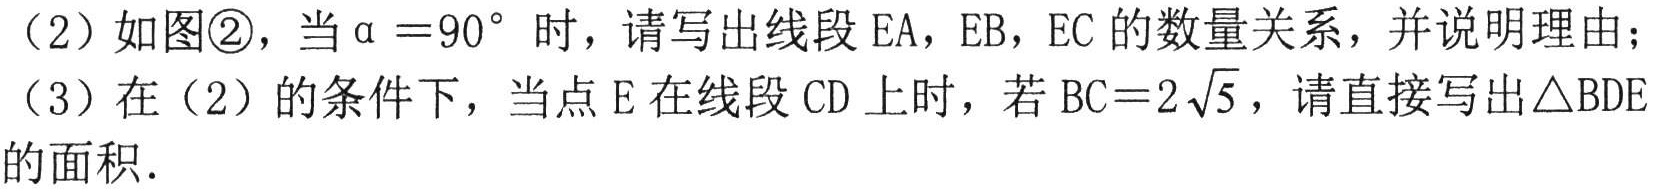
（2）如图\textcircled{2}，当\(\alpha = 90^{\circ}\)时，请写出线段\(EA\)，\(EB\)，\(EC\)的数量关系，并说明理由；

（3）在（2）的条件下，当点\(E\)在线段\(CD\)上时，若\(BC = 2\sqrt{5}\)，请直接写出\(\triangle BDE\)的面积．